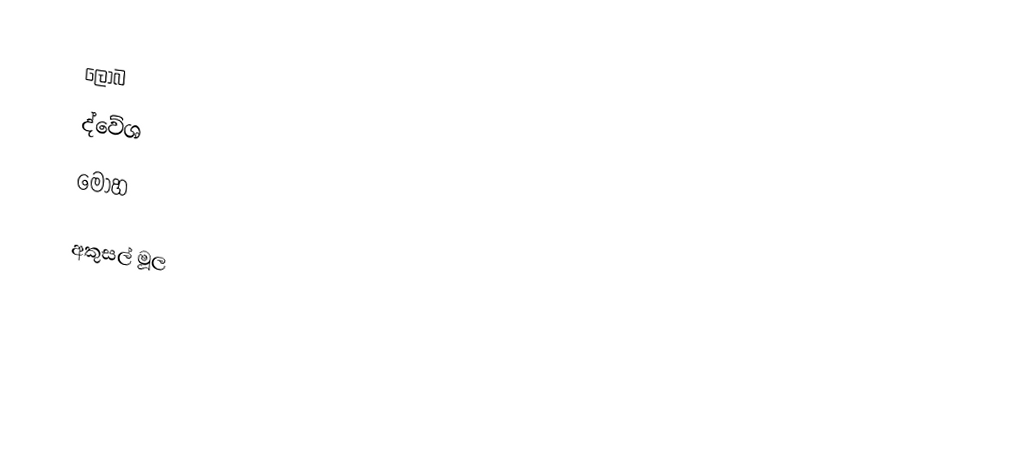
ලෝබ
 ද්වේශ
 මෝහ

අකුසල් මූල